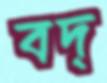
বদ্